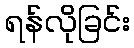
ရန်လိုခြင်း